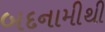
બદનામીથી